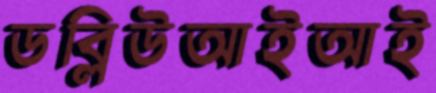
ডব্লিউআইআই